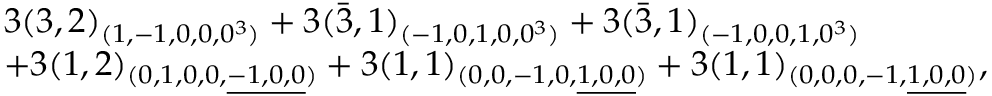
\begin{array} { l } { { 3 ( 3 , 2 ) _ { ( 1 , - 1 , 0 , 0 , 0 ^ { 3 } ) } + 3 ( \bar { 3 } , 1 ) _ { ( - 1 , 0 , 1 , 0 , 0 ^ { 3 } ) } + 3 ( \bar { 3 } , 1 ) _ { ( - 1 , 0 , 0 , 1 , 0 ^ { 3 } ) } } } \\ { { + 3 ( 1 , 2 ) _ { ( 0 , 1 , 0 , 0 , \underline { { { - 1 , 0 , 0 } } } ) } + 3 ( 1 , 1 ) _ { ( 0 , 0 , - 1 , 0 , \underline { { { 1 , 0 , 0 } } } ) } + 3 ( 1 , 1 ) _ { ( 0 , 0 , 0 , - 1 , \underline { { { 1 , 0 , 0 } } } ) } , } } \end{array}